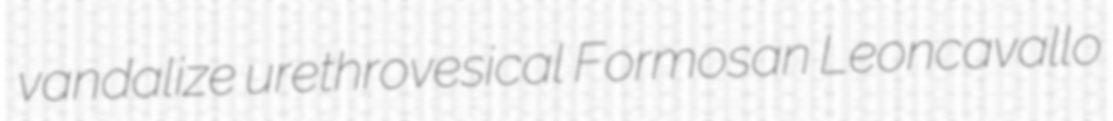
vandalize urethrovesical Formosan Leoncavallo